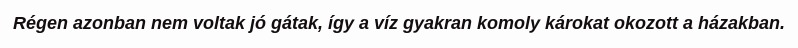
Régen azonban nem voltak jó gátak, így a víz gyakran komoly károkat okozott a házakban.